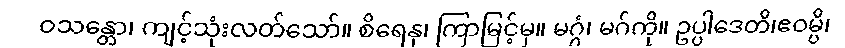
ဝသန္တော၊ ကျင့်သုံးလတ်သော်။ စိရေနု၊ ကြာမြင့်မှ။ မဂ္ဂံ၊ မဂ်ကို။ ဥပ္ပါဒေတိ၊ဧဝမ္ပိ၊